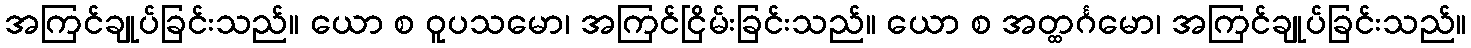
အကြင်ချုပ်ခြင်းသည်။ ယော စ ဝူပသမော၊ အကြင်ငြိမ်းခြင်းသည်။ ယော စ အတ္ထင်္ဂမော၊ အကြင်ချုပ်ခြင်းသည်။